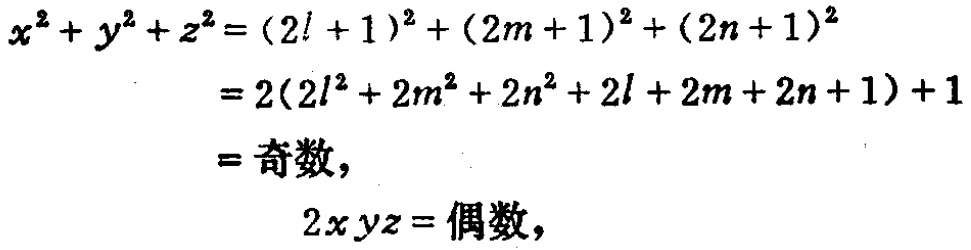
\[

\begin{align*}

x^{2}+y^{2}+z^{2}&=(2l + 1)^{2}+(2m + 1)^{2}+(2n + 1)^{2}\\

&=2(2l^{2}+2m^{2}+2n^{2}+2l + 2m + 2n + 1)+1\\

&=\text{奇数},\\

2xyz&=\text{偶数},

\end{align*}

\]